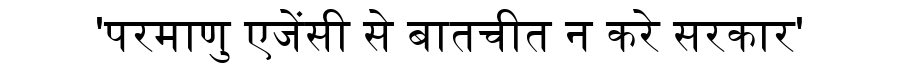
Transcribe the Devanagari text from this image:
'परमाणु एजेंसी से बातचीत न करे सरकार'